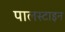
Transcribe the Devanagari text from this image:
पालस्टाइन